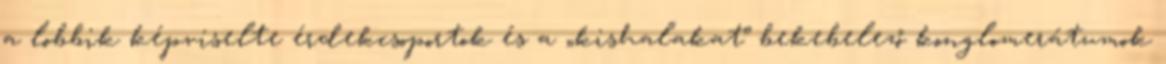
a lobbik képviselte érdekcsoportok és a „kishalakat” bekebelező konglomerátumok